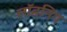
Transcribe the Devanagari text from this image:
लॉडनिग